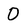
Character: O